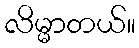
လိမ္မာတယ်။